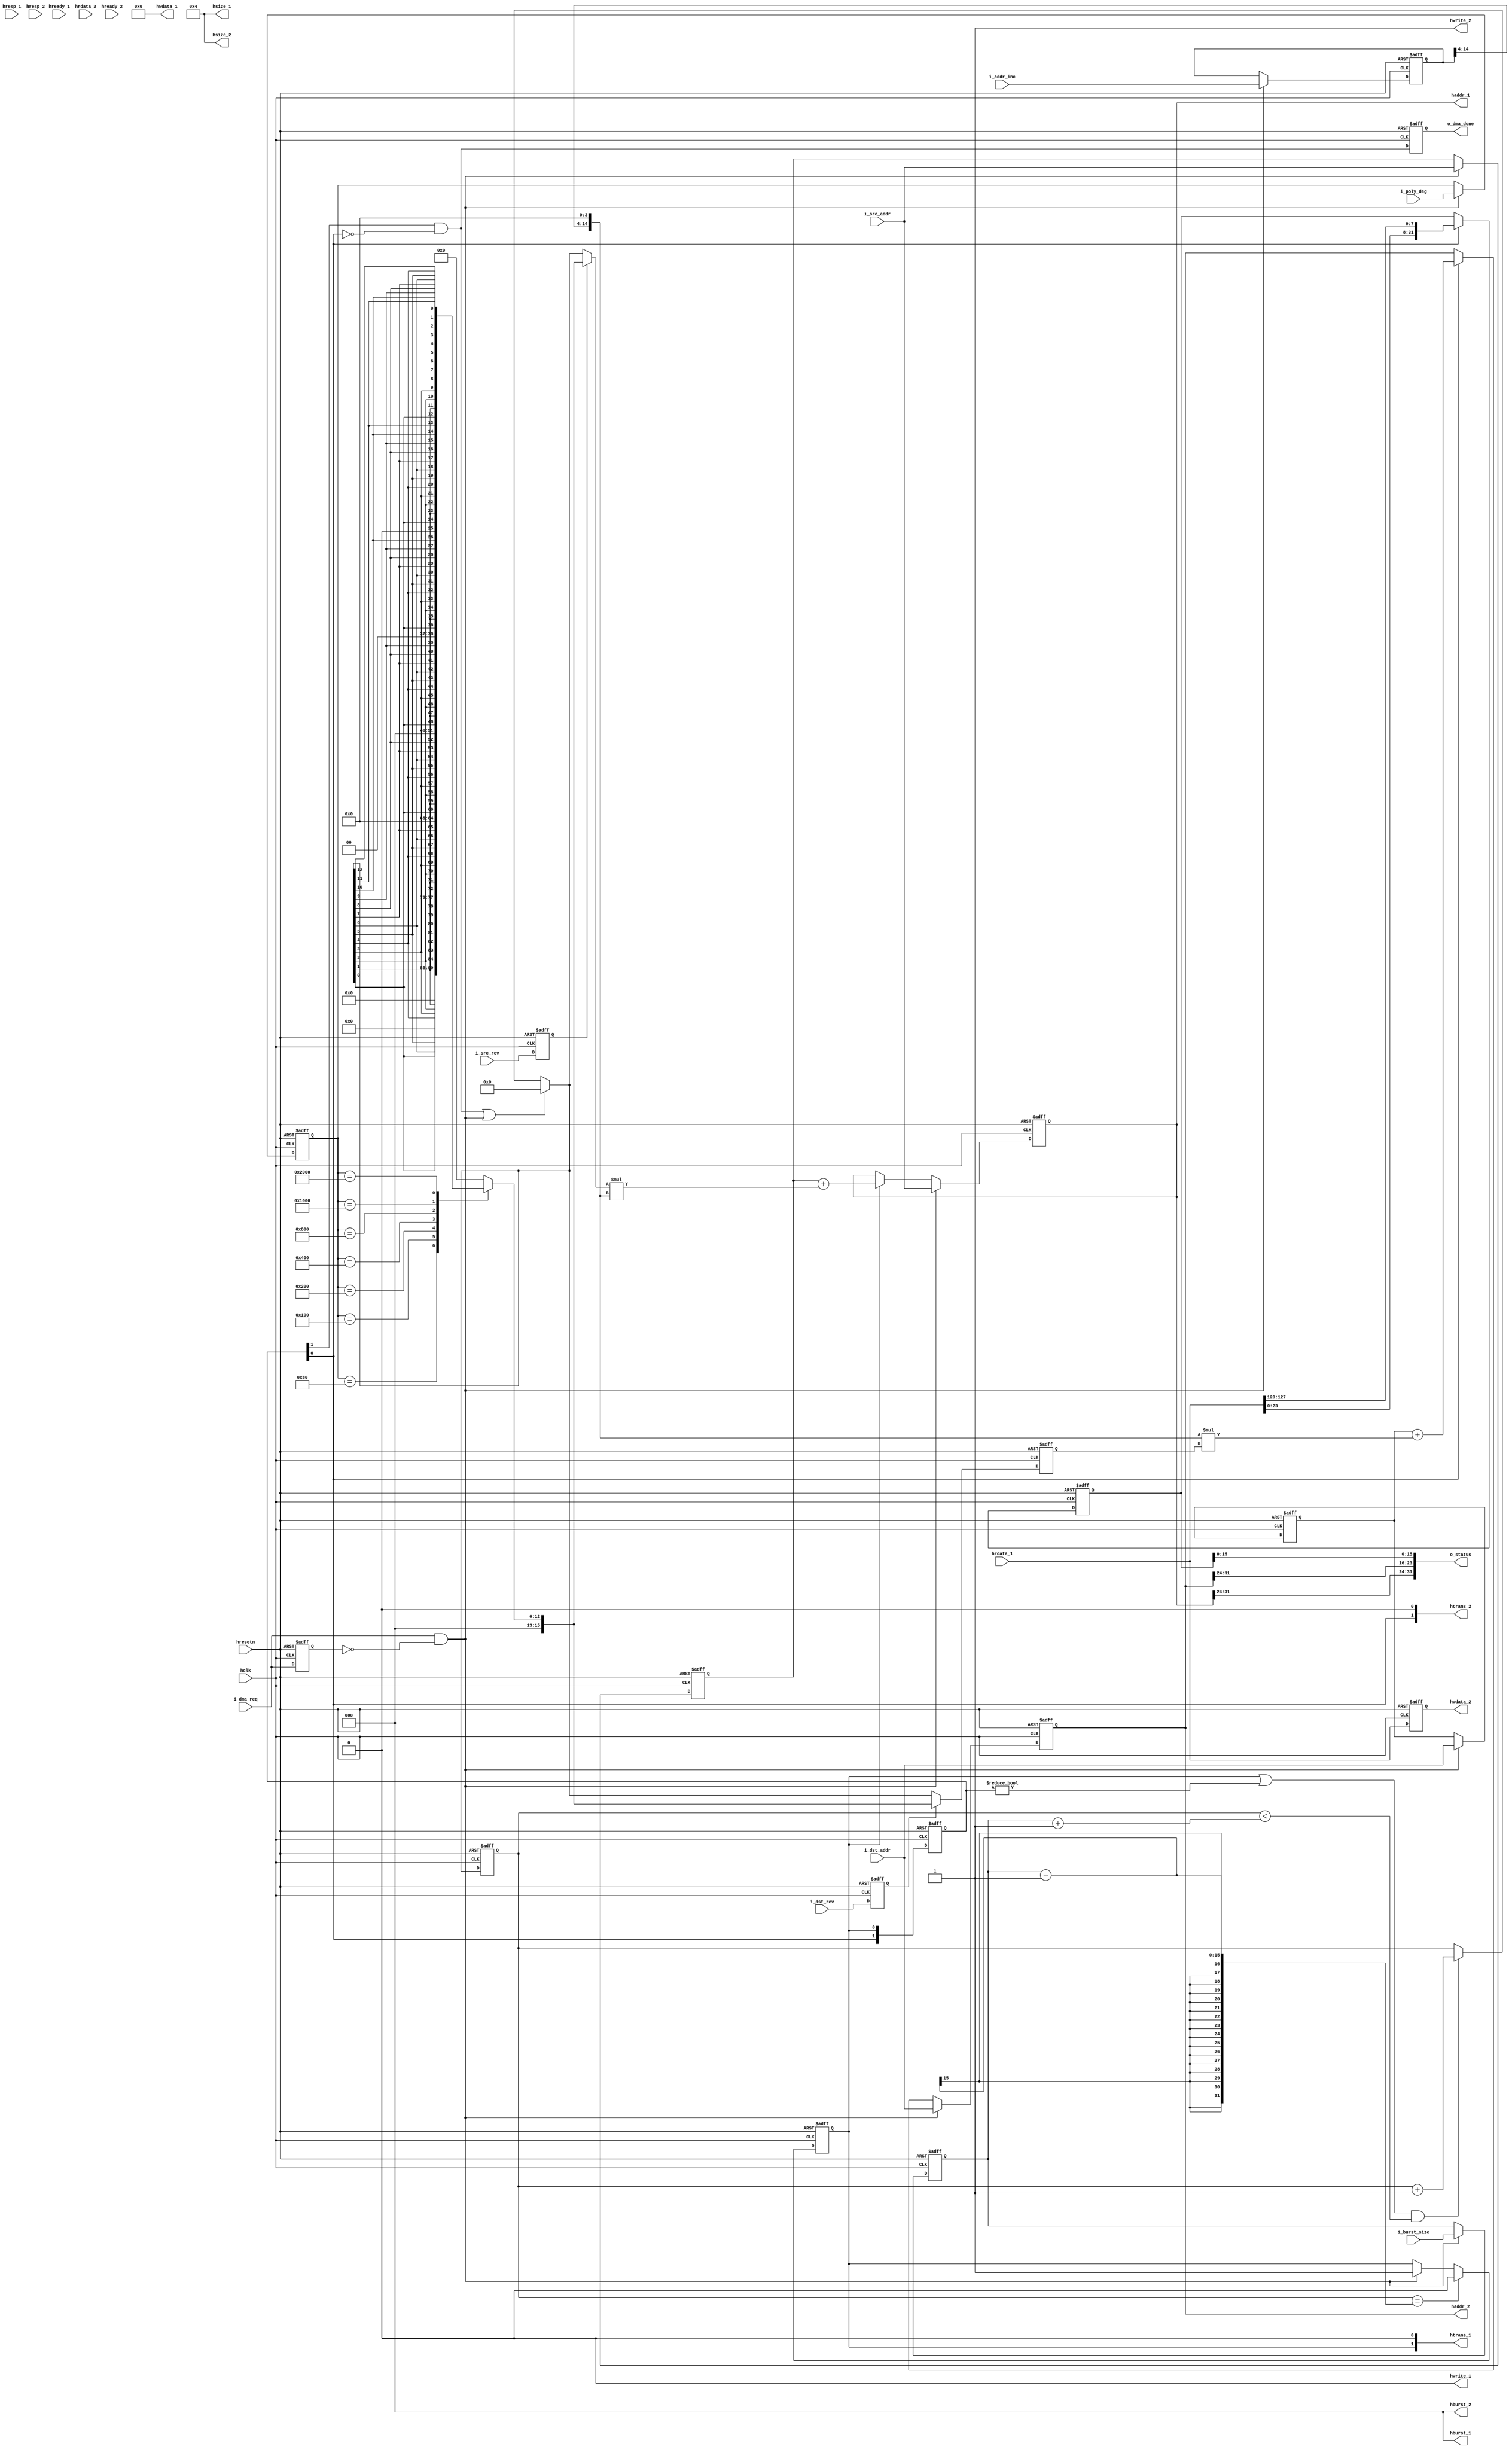
//------------------------------------------------------------------------------------------------------------------------------------------------------------------------
// DMA
//------------------------------------------------------------------------------------------------------------------------------------------------------------------------
module dma #(
  parameter DWIDTH  = 128) (  
  // CLOCK AND RESETS ------------------
  input  wire        hclk,              // Clock
  input  wire        hresetn,           // Asynchronous reset

  // AHB-LITE MASTER PORT1 - Read Port --------------
  output reg  [31:0]  haddr_1,             // AHB transaction address
  output wire [ 3:0]  hsize_1,             // AHB size: byte_2, half-word or word
  output wire [ 1:0]  htrans_1,            // AHB transfer: sequential/non-sequential
  output wire [ 2:0]  hburst_1,            // AHB transfer: sequential/non-sequential
  output wire [DWIDTH-1:0] hwdata_1,            // AHB write-data
  output wire         hwrite_1,            // AHB write control
  input  wire [DWIDTH-1:0] hrdata_1,            // AHB read-data
  input  wire         hready_1,            // AHB stall signal
  input  wire         hresp_1,             // AHB error response

  // AHB-LITE MASTER PORT2 - Write Port --------------
  output reg  [31:0]  haddr_2,             // AHB transaction address
  output wire [ 3:0]  hsize_2,             // AHB size: byte_2, half-word or word
  output wire [ 1:0]  htrans_2,            // AHB transfer: sequential/non-sequential
  output wire [ 2:0]  hburst_2,            // AHB transfer: sequential/non-sequential
  output wire [DWIDTH-1:0] hwdata_2,            // AHB write-data
  output wire         hwrite_2,            // AHB write control
  input  wire [DWIDTH-1:0] hrdata_2,            // AHB read-data
  input  wire         hready_2,            // AHB stall signal
  input  wire         hresp_2,             // AHB error response

  output wire [31:0]   o_status,

  //DMA Interface -IO
  input              i_dma_req,
  output             o_dma_done,
  input  [31:0]      i_src_addr,  //Keep the data available for 2 clock cycle at least.  
  input  [31:0]      i_dst_addr,  //Keep the data available for 2 clock cycle at least.
  input  [15:0]      i_poly_deg,
  input              i_src_rev,
  input              i_dst_rev,
  input  [14:0]      i_addr_inc,
  input  [14:0]      i_burst_size //Keep the data available for 2 clock cycle at least. 
);

parameter AHB_BUS_LATENCY = 1;

integer i;

reg         dma_req_d;
wire        dma_req_pe;
reg         module_en;
wire        module_ne;
reg         module_ne_d;
reg  [AHB_BUS_LATENCY:0] module_en_d;
reg  [31:0] src_addr_d;
reg  [31:0] dst_addr_d;
reg  [14:0] burst_size_d;
reg  [15:0] poly_deg_d;
reg  [14:0] addr_inc_d;
reg         src_rev_d;
reg         dst_rev_d;
wire [14:0] w_burst_size;
wire [14:0] w_addr_inc;

reg  [15:0] counter_d;
reg  [15:0] counter_2d[0:AHB_BUS_LATENCY-1];
reg  [15:0] counter;
wire        counter_en;
wire        counter_rst;


wire  [15:0] counter_rev_07b;
wire  [15:0] counter_rev_08b;
wire  [15:0] counter_rev_09b;
wire  [15:0] counter_rev_10b;
wire  [15:0] counter_rev_11b;
wire  [15:0] counter_rev_12b;
wire  [15:0] counter_rev_13b;
reg   [15:0] counter_rev;
wire  [15:0] counter_src;
wire  [15:0] counter_dst;

reg [DWIDTH-1:0] read_data_d;
reg [31:0] data_debug;

reg [31:0] w_haddr_1;
reg [31:0] w_haddr_2;

assign counter_rev_07b = {9'd0, counter[0], counter[1], counter[2], counter[3], counter[4], counter[5], counter[6]};
assign counter_rev_08b = {8'd0, counter[0], counter[1], counter[2], counter[3], counter[4], counter[5], counter[6], counter[7]};
assign counter_rev_09b = {7'd0, counter[0], counter[1], counter[2], counter[3], counter[4], counter[5], counter[6], counter[7], counter[8]};
assign counter_rev_10b = {6'd0, counter[0], counter[1], counter[2], counter[3], counter[4], counter[5], counter[6], counter[7], counter[8], counter[9]};
assign counter_rev_11b = {5'd0, counter[0], counter[1], counter[2], counter[3], counter[4], counter[5], counter[6], counter[7], counter[8], counter[9], counter[10]};
assign counter_rev_12b = {4'd0, counter[0], counter[1], counter[2], counter[3], counter[4], counter[5], counter[6], counter[7], counter[8], counter[9], counter[10], counter[11]};
assign counter_rev_13b = {3'd0, counter[0], counter[1], counter[2], counter[3], counter[4], counter[5], counter[6], counter[7], counter[8], counter[9], counter[10], counter[11], counter[12]};

always @(*) begin
counter_rev = 'd0;
  case(poly_deg_d) 
    16'h0080:  begin
		 counter_rev = counter_rev_07b;
               end 
    16'h0100:  begin
		 counter_rev = counter_rev_08b;
               end 
    16'h0200:  begin
		 counter_rev = counter_rev_09b;
               end 
    16'h0400:  begin
		 counter_rev = counter_rev_10b;
               end 
    16'h0800:  begin
		 counter_rev = counter_rev_11b;
               end 
    16'h1000:  begin
		 counter_rev = counter_rev_12b;
               end 
    16'h2000:  begin
		 counter_rev = counter_rev_13b;
               end 
    default  : begin
		 counter_rev = 'd0;
               end //default
  endcase
end
assign counter_src = src_rev_d ? counter_rev : counter;
assign counter_dst = dst_rev_d ? counter_rev : counter;
assign module_ne = module_en_d[AHB_BUS_LATENCY] && !module_en_d[AHB_BUS_LATENCY-1];
assign o_dma_done = module_ne_d;
//assign o_dma_done = (haddr_2 == (dst_addr_d + burst_size_d));

assign o_status = {haddr_1[31:24], haddr_2[31:24], data_debug[15:0]};
assign w_burst_size = {burst_size_d[14:4], 4'd0};
assign w_addr_inc   = {  addr_inc_d[14:4], 4'd0};


assign dma_req_pe = i_dma_req && !dma_req_d;

//Read AHB port
assign hsize_1  = 4'b0100; //16 bytes - 128 bit
assign hwrite_1 = 'd0;
assign hwdata_1 = 'd0;
assign hburst_1 = 'd0;
assign htrans_1 = {module_en, 1'd0};

//Write AHB Port
assign hsize_2  = 4'b0100; //16 bytes - 128 bit
assign hwrite_2 = 'd1;
assign hwdata_2 = read_data_d; //1 clock cycle delay of hrdata_1;
assign hburst_2 = 'd0;
assign htrans_2 = {module_en_d[AHB_BUS_LATENCY-1], 1'd0};


assign counter_rst = module_ne | dma_req_pe;
assign counter_en  = (module_en | (module_en_d != 'd0)) && (counter_d < burst_size_d + AHB_BUS_LATENCY);
always @(*) begin
  if(counter_rst) begin
    counter <= 'd0;
  end else if(counter_en) begin
    counter <= counter_d + 'd1;
  end else begin
    counter <= counter_d;
  end
end

always @(*) begin
  if(dma_req_pe) begin
    w_haddr_2 <= i_dst_addr;
  end else if(module_en_d[AHB_BUS_LATENCY-1]) begin
    w_haddr_2 <= dst_addr_d + w_addr_inc*(counter_2d[AHB_BUS_LATENCY-1]);
  end else begin
    w_haddr_2 <= haddr_2;
  end
end

always @(*) begin
  if(dma_req_pe) begin
    w_haddr_1 <= i_src_addr;
  end else if(module_en) begin
    w_haddr_1 <= src_addr_d + counter_src*w_addr_inc;
  end else begin
    w_haddr_1 <= haddr_1;
  end
end



always @(posedge hclk or negedge hresetn) begin
  if(~hresetn) begin
    for(i=0;i<AHB_BUS_LATENCY+1;i=i+1) begin  
       module_en_d[i] <= 'd0;
       counter_2d[i] <= 'd0;
    end
    counter_d <= 'd0;
    haddr_1   <= 'd0;
    haddr_2   <= 'd0;
    dma_req_d <= 'd0;
    module_ne_d <= 'd0;
    read_data_d <= 'd0;
    src_rev_d <= 'd0;
    dst_rev_d <= 'd0;
  end else begin
    for(i=1;i<AHB_BUS_LATENCY+1;i=i+1) begin  
       module_en_d[i] <= module_en_d[i-1];
       counter_2d[i] <= counter_2d[i-1];
    end
    counter_2d[0] <= counter_dst;
    module_en_d[0] <= module_en;
    counter_d <= counter;
    haddr_1   <= w_haddr_1;
    haddr_2   <= w_haddr_2;
    dma_req_d <= i_dma_req;
    module_ne_d <= module_ne;
    read_data_d <= hrdata_1;
    src_rev_d <= i_src_rev;
    dst_rev_d <= i_dst_rev;
  end
end

always @(posedge hclk or negedge hresetn) begin
  if(~hresetn) begin
    module_en <= 'd0;
  end else if(counter_d == burst_size_d - 1) begin
    module_en <= 'd0;
  end else if(dma_req_pe) begin
    module_en <= 'd1;
  end
end

always @(posedge hclk or negedge hresetn) begin
  if(~hresetn) begin
    src_addr_d <= 'd0;
    dst_addr_d <= 'd0;
    burst_size_d <= 'd0;
    addr_inc_d <= 'd0;
    poly_deg_d <= 'd0;
  end else if(dma_req_pe) begin
    src_addr_d <= i_src_addr;
    dst_addr_d <= i_dst_addr;
    burst_size_d <= i_burst_size;
    addr_inc_d <= i_addr_inc;
    poly_deg_d <= i_poly_deg;
  end else begin
    src_addr_d <= src_addr_d;
    dst_addr_d <= dst_addr_d;
    burst_size_d <= burst_size_d;
    addr_inc_d <= addr_inc_d;
    poly_deg_d <= poly_deg_d;
  end
end

always @(posedge hclk or negedge hresetn) begin
  if(~hresetn) begin
    data_debug <= 'd0;
  end else if(module_en_d[0]) begin
    data_debug <= {hrdata_1[23:0], hrdata_1[DWIDTH-1:DWIDTH-8]};
  end
end
endmodule